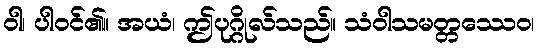
ဝါ၊ ပါဝင်၏။ အယံ၊ ဤပုဂ္ဂိုလ်သည်။ သံဝါသမတ္တဿေဝ၊